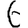
Digit: 6